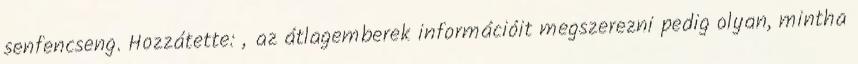
senfencseng. Hozzátette: „az átlagemberek információit megszerezni pedig olyan, mintha